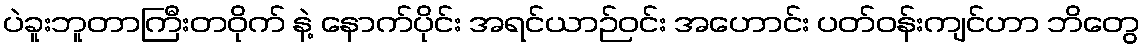
ပဲခူးဘူတာကြီးတဝိုက် နဲ့ နောက်ပိုင်း အရင်ယာဉ်ဝင်း အဟောင်း ပတ်ဝန်းကျင်ဟာ ဘိတွေ